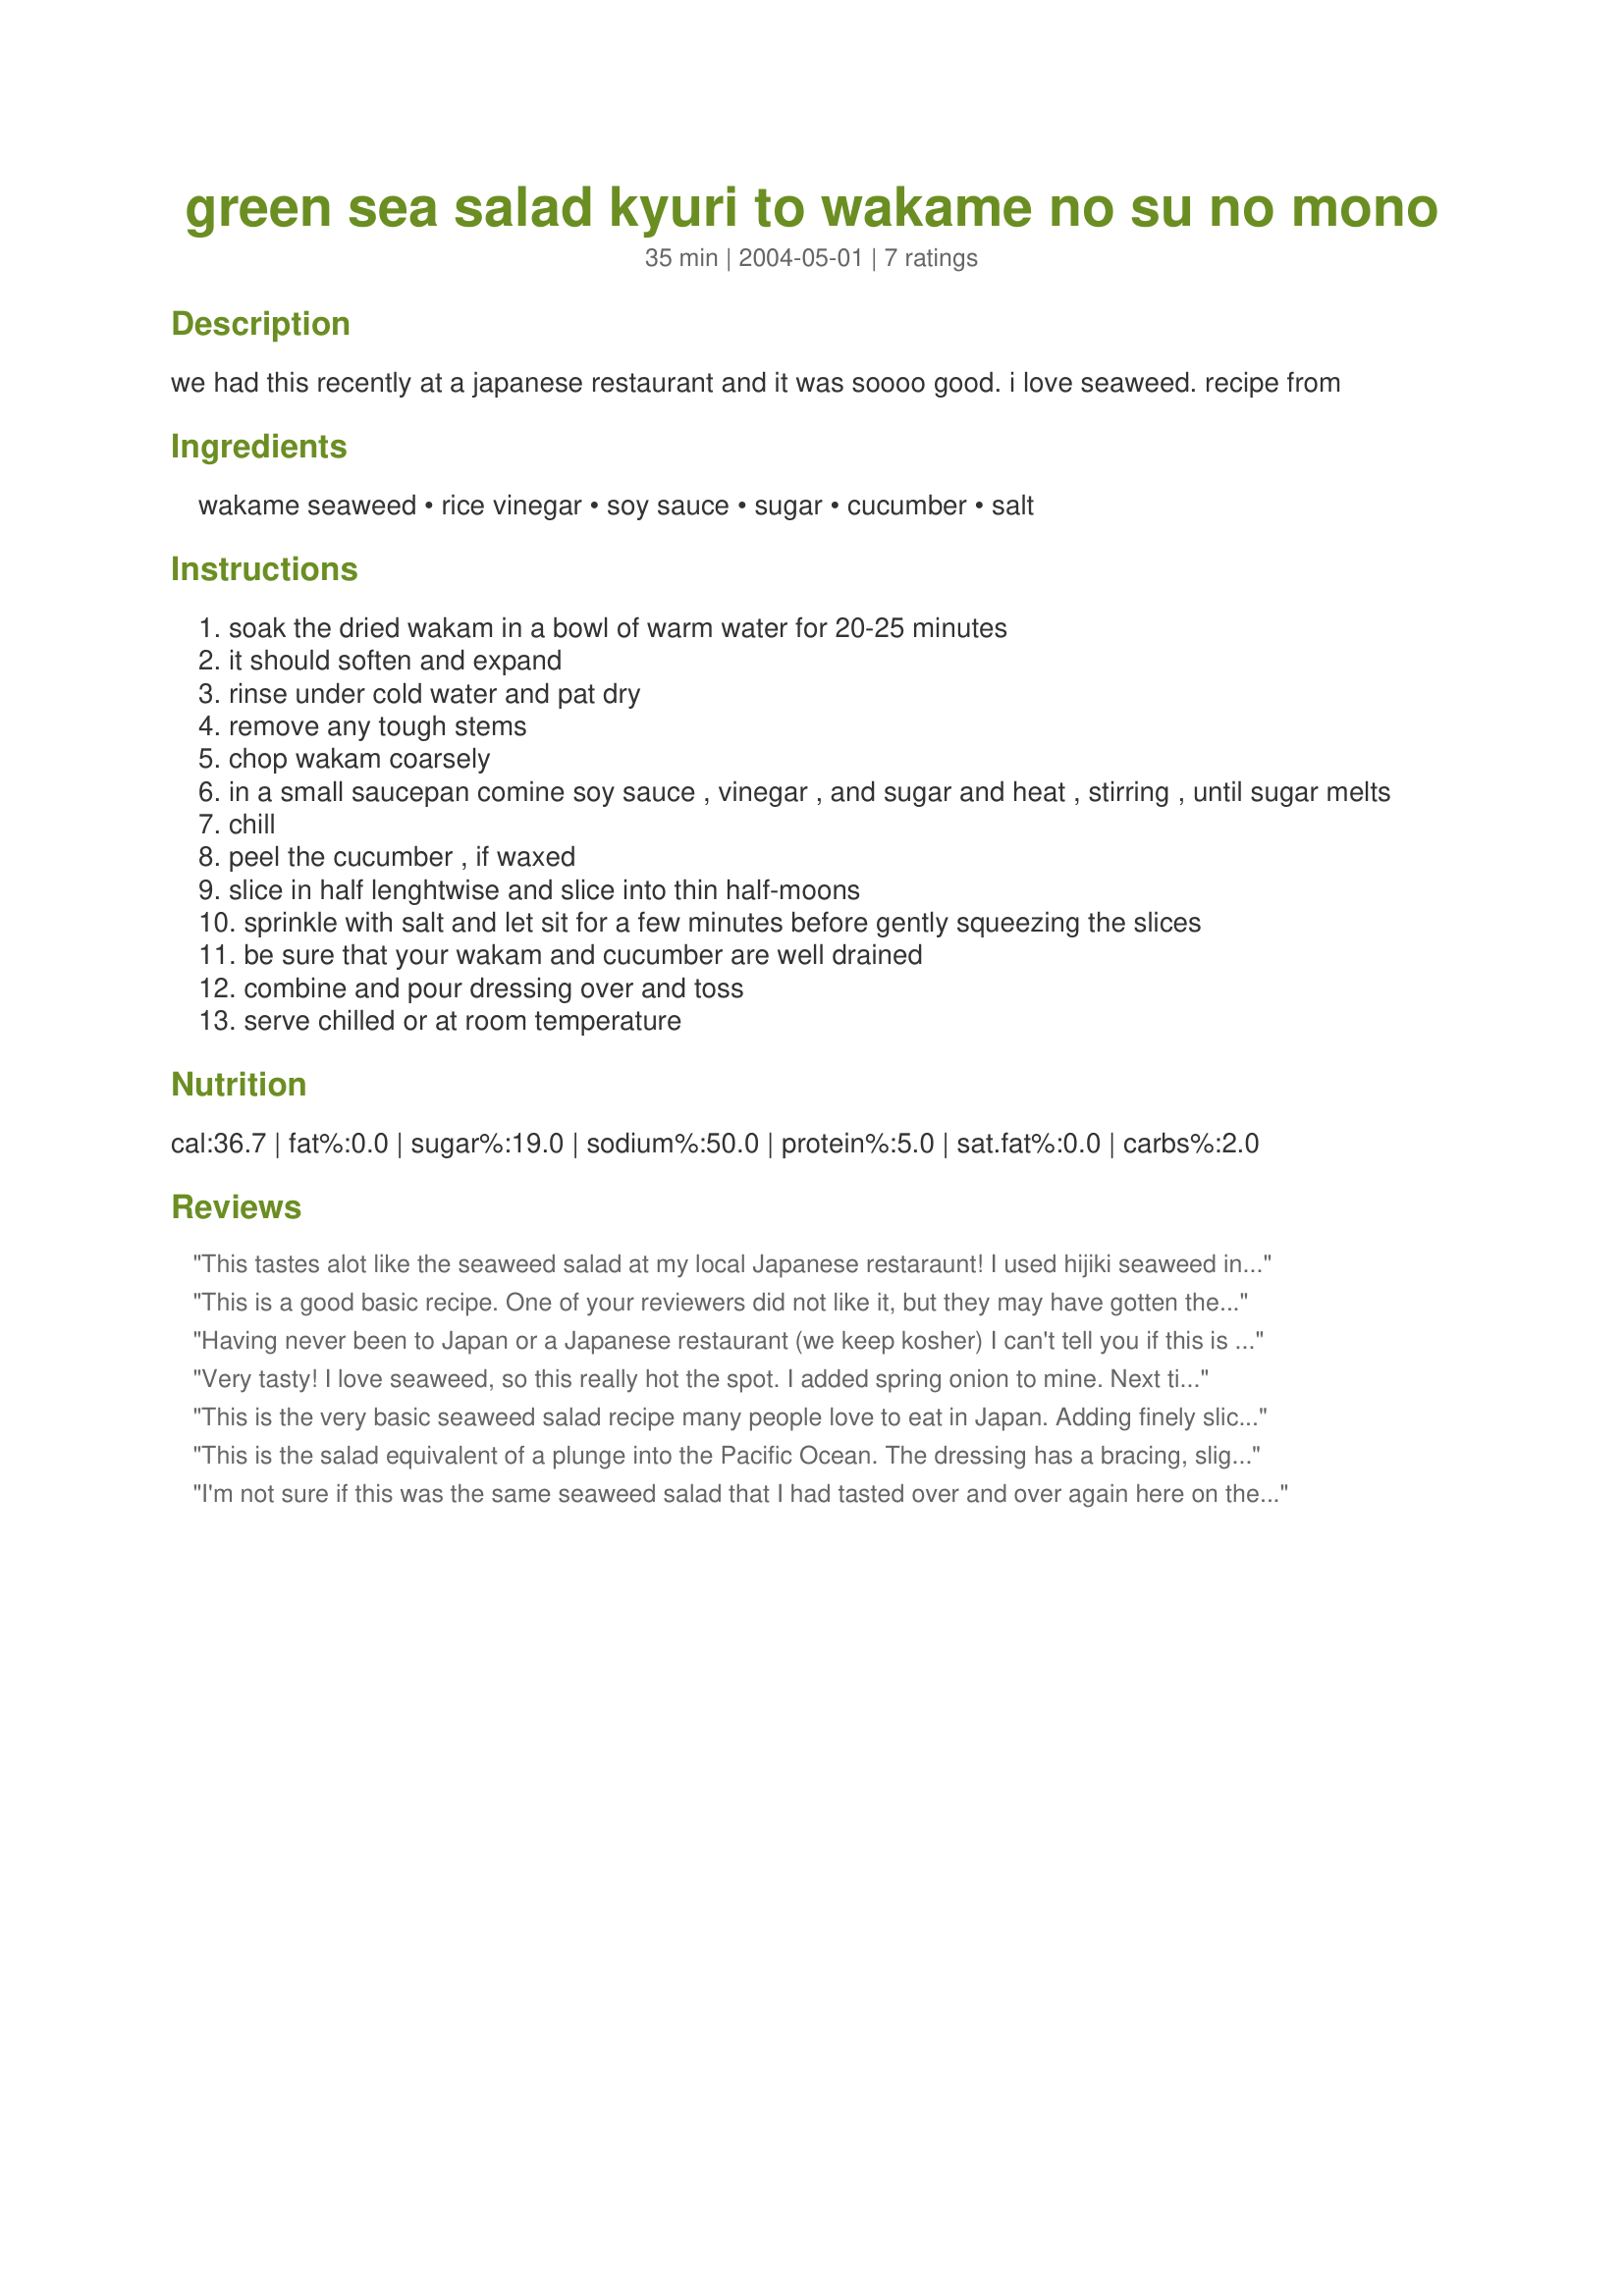
green sea salad kyuri to wakame no su no mono
Preparation time: 35 minutes

we had this recently at a japanese restaurant and it was soooo good. i love seaweed. recipe from

Ingredients:
wakame seaweed, rice vinegar, soy sauce, sugar, cucumber, salt

Steps:
soak the dried wakam in a bowl of warm water for 20-25 minutes
it should soften and expand
rinse under cold water and pat dry
remove any tough stems
chop wakam coarsely
in a small saucepan comine soy sauce , vinegar , and sugar and heat , stirring , until sugar melts
chill
peel the cucumber , if waxed
slice in half lenghtwise and slice into thin half-moons
sprinkle with salt and let sit for a few minutes before gently squeezing the slices
be sure that your wakam and cucumber are well drained
combine and pour dressing over and toss
serve chilled or at room temperature

Reviews:
This tastes alot like the seaweed salad at my local Japanese restaraunt! I used hijiki seaweed instead of wakame, halving the recipe. I love the flavor and look forward to trying it with wakame. Thanks Roosie!
This is a good basic recipe. One of your reviewers did not like it, but they may have gotten the wrong type of wakame. Ito wakame is tougher and is better used in miso soup. fueru wakame is better for salad. Japaneste cucumbers work bettter since they keep the crunch longer. It also does taste better the next day. I also like the addition of shrimp or baby clams.
Having never been to Japan or a Japanese restaurant (we keep kosher) I can't tell you if this is authentic. I can say that my family liked it very much. To me it was more like a condiment than a salad. I had it with roasted potatoes. My husband liked it with his fish, my daughters just munched it right out of the container.
Very tasty! I love seaweed, so this really hot the spot. I added spring onion to mine. Next time I will add toasted black sesame seeds for even more flavour!
This is the very basic seaweed salad recipe many people love to eat in Japan.

Adding finely sliced onion, soaked in water for 10 min, or dried small shrimp also enhances its flavor.
This is the salad equivalent of a plunge into the Pacific Ocean. The dressing has a bracing, slightly salty effect, and I'm wondering if wakame seaweed is in fact the same stuff that tickles my toes when I swim in the ocean at Malibu. This makes a lot of salad, but fortunately it tastes good when it's sat for a while; I think it was better after 24 hours.
I'm not sure if this was the same seaweed salad that I had tasted over and over again here on the mainland or in hawaii, but the seaweed was defintiely not it. If you are expecting the BRIGHT green seaweed salad that they serve in japanese resturant this is not it, sadly.
